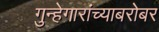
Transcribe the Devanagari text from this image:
गुन्हेगारांच्याबरोबर